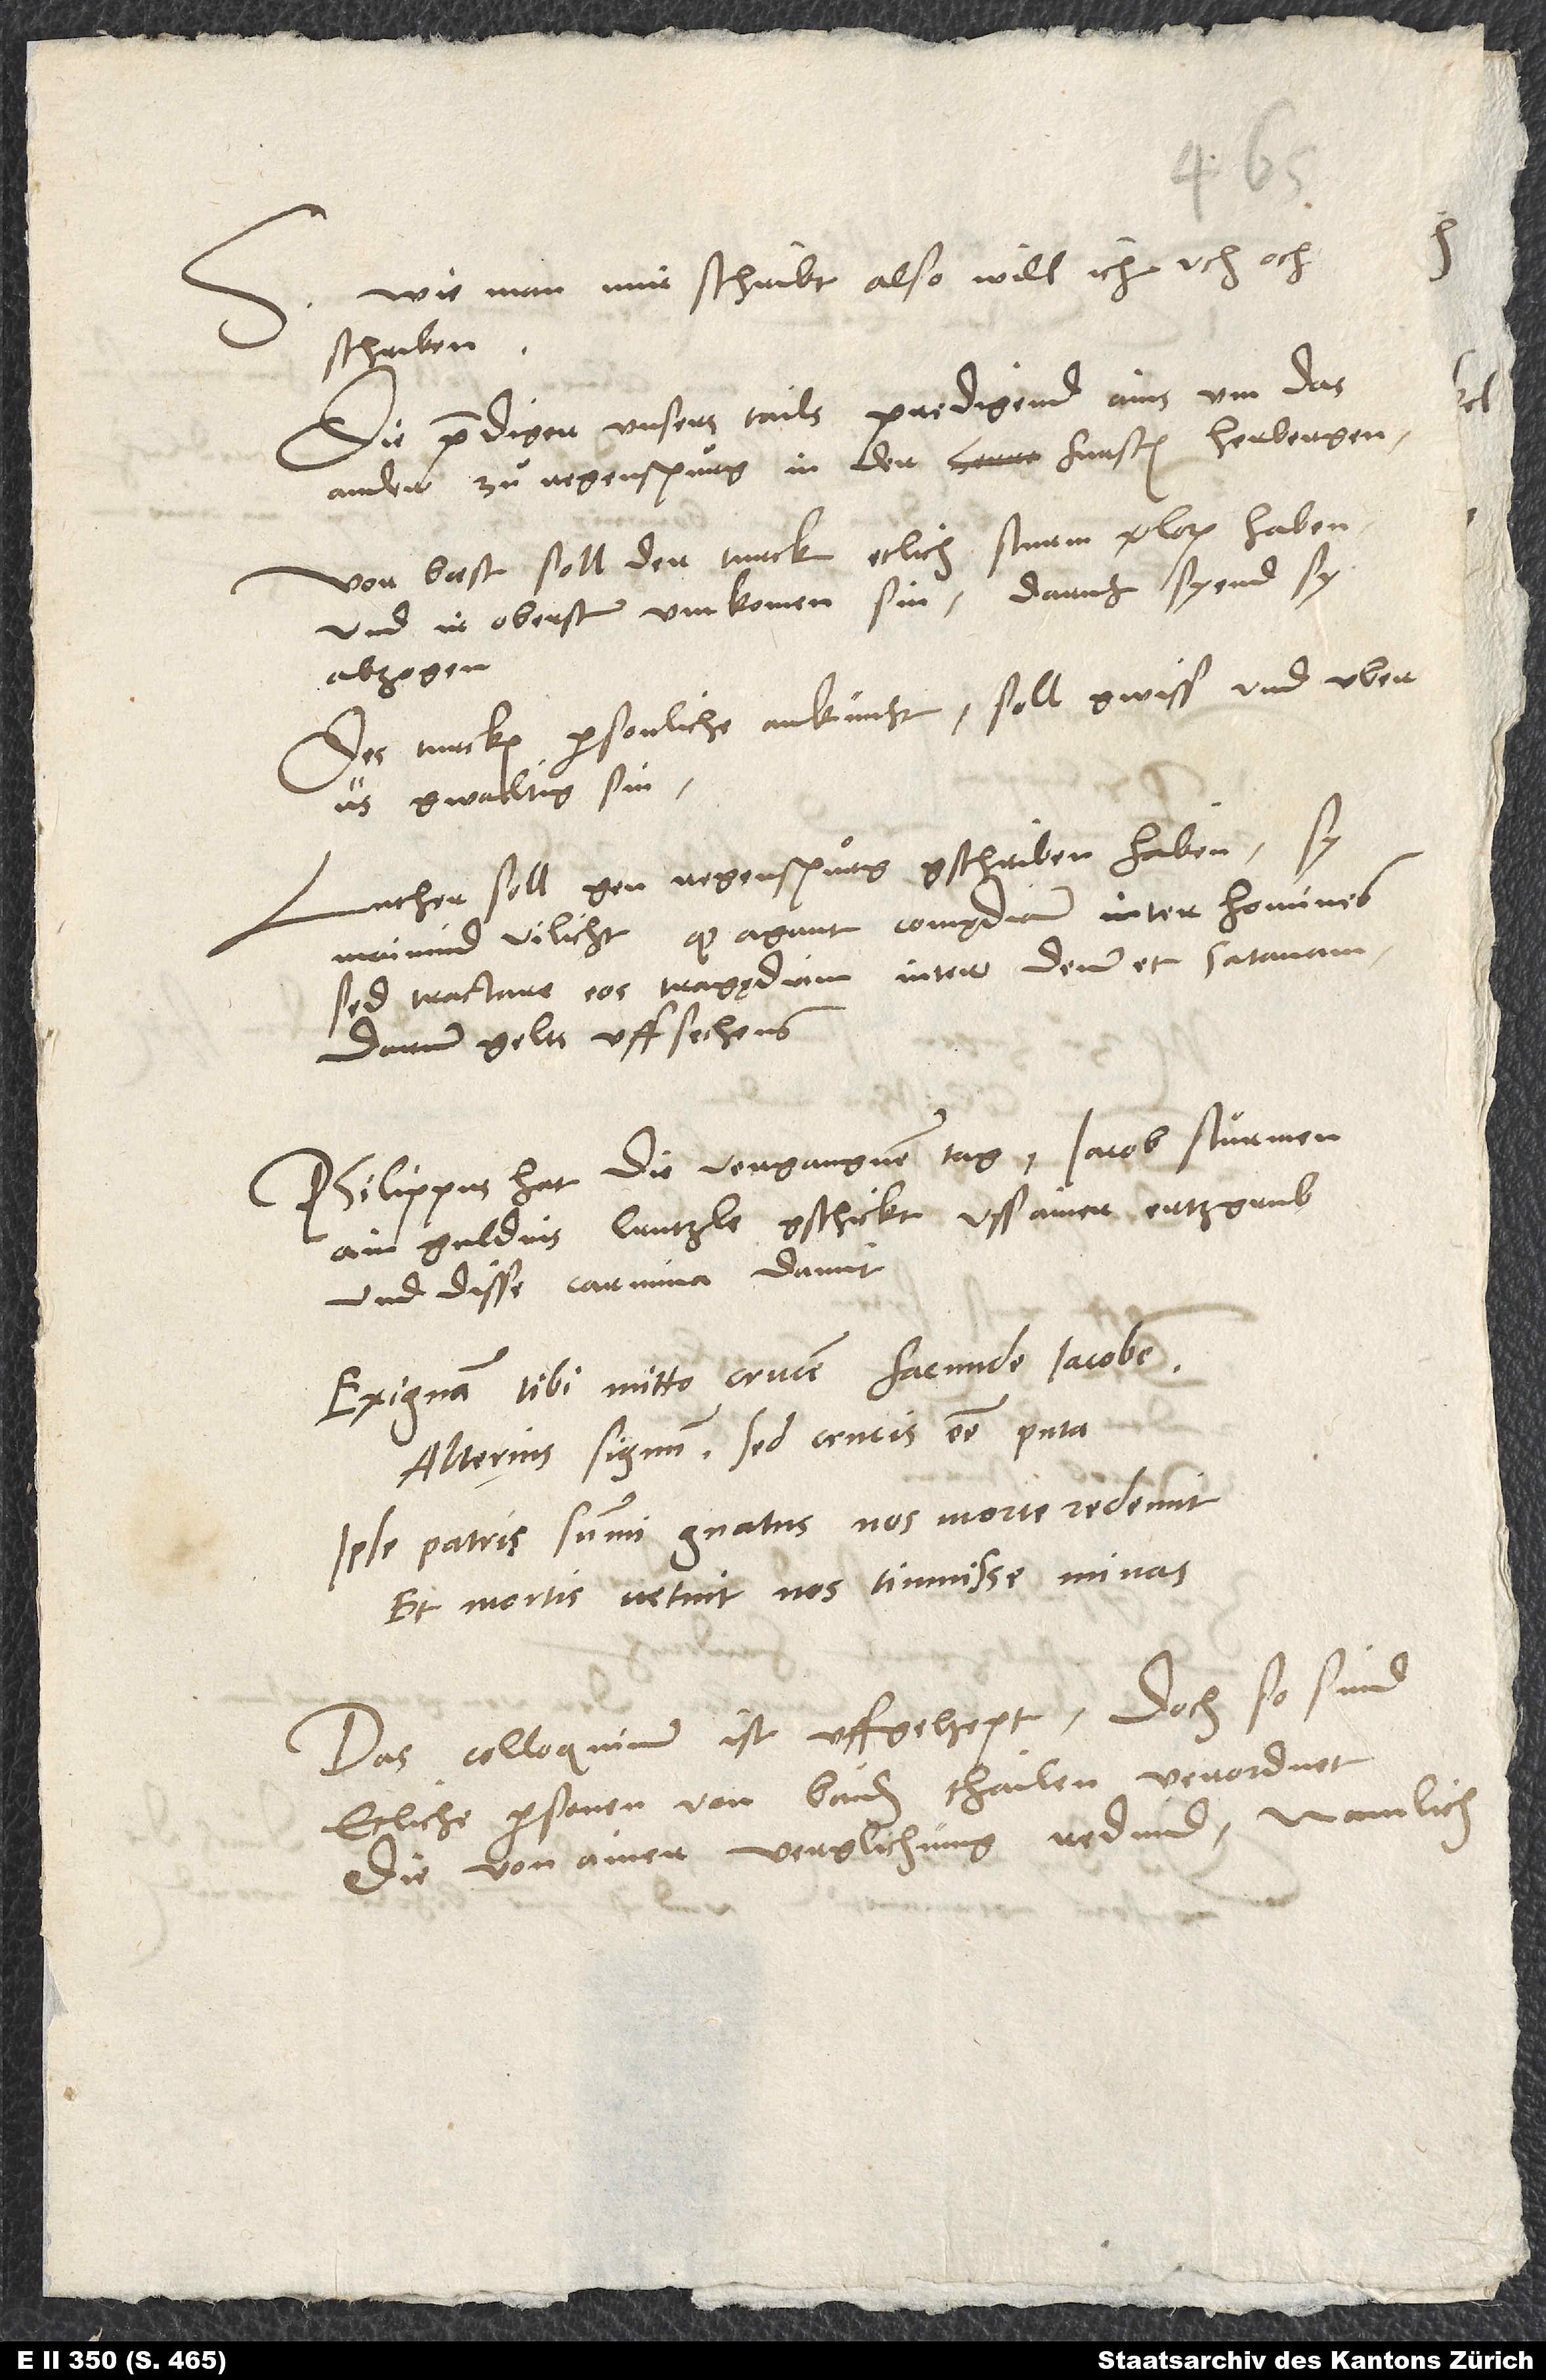
Wie man mir schribt, also will ich uch och
S.
schriben.
Die prediger unsers tails predigend ains um das
ander zuͦ Regenspurg in der fursten herbergen.
Vor Baest soll der Turck etlich sturm verloren haben
und ir oberster umkomen sin; daruf syend sy
abzogen.
Des Turcken personliche ankunft soll gwiss und uberus
gwaltig sin.
Luther soll gen Regenspurg gschriben haben, sy
darum gelts uffsechens.
Philippus hat die vergangnen tag Jacob Stuͦrmen
ain guldins crutzle gschickt uss ainer ertzgrub
und disse carmina damit:
Exiguam tibi mitto crucem, facunde Iacobe,
Alterius signum, sed crucis esse puta.
Ipse patris summi gnatus nos morte redemit
Et mortis vetuit nos timuisse minas.
Das colloquium ist uffgehept, doch so sind
etliche personen von baiden thailen verordnet,
die von ainer verglichung redind, namlich: